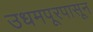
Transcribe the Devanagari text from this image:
उधमपूरपासून